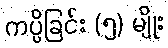
ကပ္ပိခြင်း (၅) မျိုး